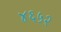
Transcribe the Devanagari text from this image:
४६५२